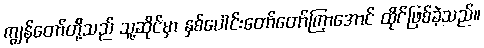
ကျွန်တော်တို့သည် သူ့ဆိုင်မှာ နှစ်ပေါင်းတော်တော်ကြာအောင် ထိုင်ဖြစ်ခဲ့သည်။